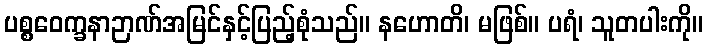
ပစ္စဝေက္ခနာဉာဏ်အမြင်နှင့်ပြည့်စုံသည်။ နဟောတိ၊ မဖြစ်။ ပရံ၊ သူတပါးကို။